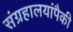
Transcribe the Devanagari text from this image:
संग्रहालयांपैकी